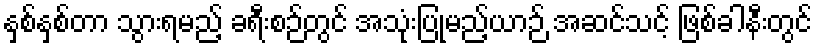
နှစ်နှစ်တာ သွားရမည့် ခရီးစဉ်တွင် အသုံးပြုမည့်ယာဉ် အဆင်သင့် ဖြစ်ခါနီးတွင်